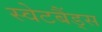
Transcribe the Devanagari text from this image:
स्वेटबैंड्स